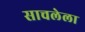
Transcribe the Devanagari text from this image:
साचलेला